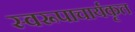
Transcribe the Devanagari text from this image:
स्वरूपाचार्यकृत